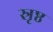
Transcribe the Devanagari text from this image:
स्रृष्ठ